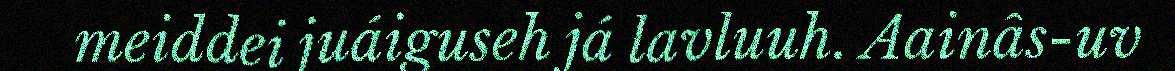
meiddei juáiguseh já lavluuh. Aainâs-uv